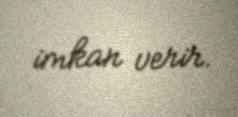
imkan verir.